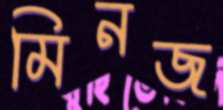
মিনজ